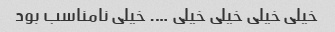
خیلی خیلی خیلی خیلی …. خیلی نامناسب بود